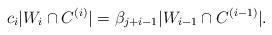
LaTeX: \begin{align*}{c_{i}}|W_i \cap C^{(i)}| ={\beta_{j+i-1}}|W_{i-1} \cap C^{(i-1)}|.\end{align*}